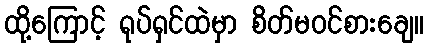
ထို့ကြောင့် ရုပ်ရှင်ထဲမှာ စိတ်မဝင်စားချေ။